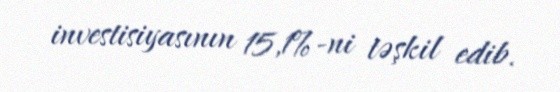
investisiyasının 15,1%-ni təşkil edib.